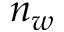
n _ { w }